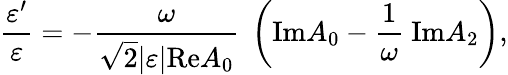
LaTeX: {\frac{\varepsilon^{\prime}}{\varepsilon}}=-{\frac{\omega}{\sqrt{2}\vert\varepsilon\vert\mathrm{Re}A_{0}}}~\left(\mathrm{Im}A_{0}-{\frac{1}{\omega}}~\mathrm{Im}A_{2}\right),